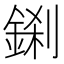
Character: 𮢎